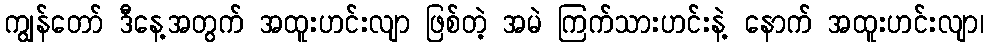
ကျွန်တော် ဒီနေ့အတွက် အထူးဟင်းလျာ ဖြစ်တဲ့ အမဲ ကြက်သားဟင်းနဲ့ နောက် အထူးဟင်းလျာ၊